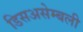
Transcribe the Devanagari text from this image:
डिसअसेम्बली